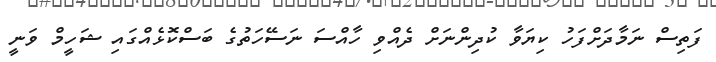
ފަތިސް ނަމާދަށްފަހު ކިޔަވާ ކުދިންނަށް ދެއްވި ހާއްސަ ނަސޭހަތުގެ ބަސްކޮޅެއްގައި ޝަހީމް ވަނީ